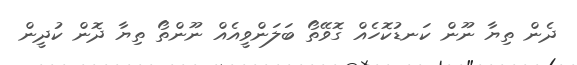
ދެން ތިޔާ ނޫން ކަނޑުކޮހެއް ގޮވޭތޯ ބަލަންވީއެއް ނޫންތޯ ތިޔާ ދޮން ކުދީން